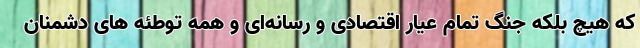
که هیچ بلکه جنگ تمام عیار اقتصادی و رسانه‌ای و همه توطئه های دشمنان